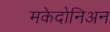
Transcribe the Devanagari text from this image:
मकेदोनिअन